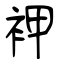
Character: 䘥